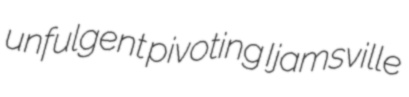
unfulgent pivoting Ijamsville